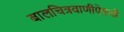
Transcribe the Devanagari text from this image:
बालचित्रवाणीऐवजी